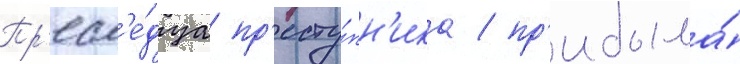
Пр'есл'е́дуа пр'есту́пн'ика / пр'ибыла́